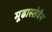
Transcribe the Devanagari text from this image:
मूढास्तेवैन